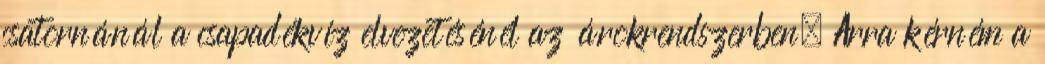
csatornánál a csapadékvíz elvezetésénél az árokrendszerben. Arra kérném a